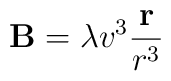
{\bf B} = \lambda v^3 {{\bf r} \over r^3}